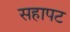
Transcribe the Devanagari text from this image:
सहापट